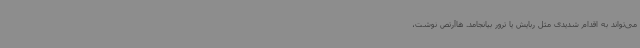
می‌تواند به اقدام شدیدی مثل ربایش یا ترور بیانجامد. هاآرتص نوشت،